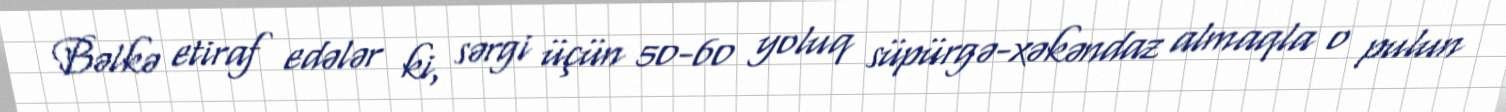
Bəlkə etiraf edələr ki, sərgi üçün 50-60 yoluq süpürgə-xəkəndaz almaqla o pulun